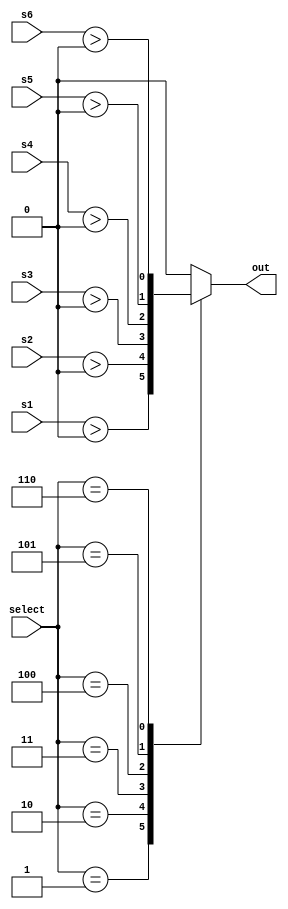
module checkslot(
    input [10:0] s1, s2, s3, s4, s5, s6,
    input [3:0] select,
    output reg out
);
    always @(*) begin
        case(select)
            1: out = s1 > 0;
            2: out = s2 > 0;
            3: out = s3 > 0;
            4: out = s4 > 0;
            5: out = s5 > 0;
            6: out = s6 > 0;
            default out = 0;
        endcase
    end
endmodule